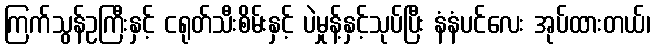
ကြက်သွန်ဥကြီးနှင့် ငရုတ်သီးစိမ်းနှင့် ပဲမှုန့်နှင့်သုပ်ပြီး နံနံပင်လေး အုပ်ထားတယ်၊